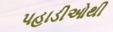
પહાડીઓથી